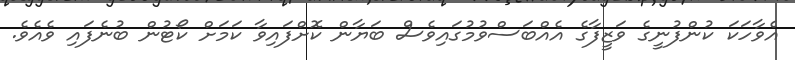
އެވާހަކަ ކުންފުނީގެ ވަޒީފާގެ އެއްބަސްވުމުގައިވެސް ބަޔާން ކޮށްފައިވާ ކަމަށް ކޯޓުން ބުނެފައި ވެއެވެ.